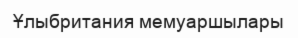
Ұлыбритания мемуаршылары